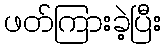
ဖတ်ကြားခဲ့ပြီး